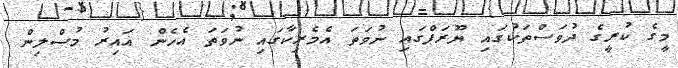
މީގެ ކުރީގެ ދުވަސްތަކުގައި ޔޫރަޕްގައި ނުވަތަ އެމެރިކާގައި ނުވަތަ އެހެން ޣައިރު މުސްލިން